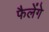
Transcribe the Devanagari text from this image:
फैलेंगे